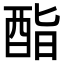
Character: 酯